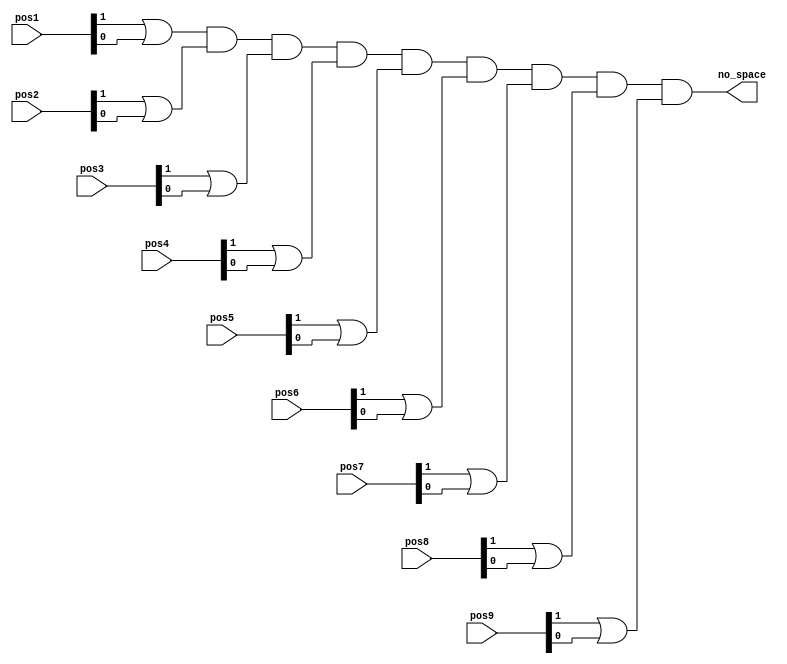

module nospace_detector(
   input [1:0] pos1,pos2,pos3,pos4,pos5,pos6,pos7,pos8,pos9, 
   output wire no_space
    );
wire temp1,temp2,temp3,temp4,temp5,temp6,temp7,temp8,temp9;
// detect no more space     
assign temp1 = pos1[1] | pos1[0];
assign temp2 = pos2[1] | pos2[0];
assign temp3 = pos3[1] | pos3[0];
assign temp4 = pos4[1] | pos4[0];
assign temp5 = pos5[1] | pos5[0];
assign temp6 = pos6[1] | pos6[0];
assign temp7 = pos7[1] | pos7[0];
assign temp8 = pos8[1] | pos8[0];
assign temp9 = pos9[1] | pos9[0];
// output
assign no_space =((((((((temp1 & temp2) & temp3) & temp4) & temp5) & temp6) & temp7) & temp8) & temp9);
endmodule